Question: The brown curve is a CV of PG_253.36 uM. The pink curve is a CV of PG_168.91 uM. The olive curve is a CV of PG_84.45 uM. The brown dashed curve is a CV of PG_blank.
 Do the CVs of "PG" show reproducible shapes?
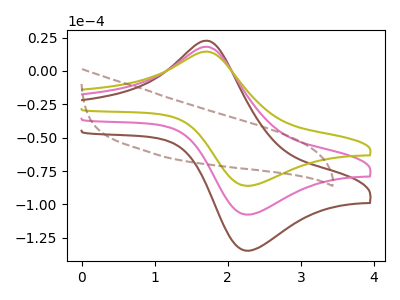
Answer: <think>The brown curve "PG_253.36 uM" has an anodic peak at (1.70V, 36.20uA) and a cathodic peak at (2.30V, -215.30uA). The pink curve "PG_168.91 uM" has an anodic peak at (1.70V, 18.10uA) and a cathodic peak at (2.30V, -107.65uA). The olive curve "PG_84.45 uM" has an anodic peak at (1.70V, 14.50uA) and a cathodic peak at (2.30V, -86.05uA). The brown dashed curve "PG_blank" has no peaks.
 All the peaks in "PG_253.36 uM" have a peak in "PG_168.91 uM" at the same potential. Every peak in "PG_253.36 uM" is higher than every peak in "PG_168.91 uM". All the peaks in "PG_253.36 uM" have a peak in "PG_84.45 uM" at the same potential. Every peak in "PG_253.36 uM" is higher than every peak in "PG_84.45 uM". "PG_253.36 uM" and "PG_blank" have a different number of peaks. All the peaks in "PG_168.91 uM" have a peak in "PG_84.45 uM" at the same potential. Every peak in "PG_168.91 uM" is higher than every peak in "PG_84.45 uM". "PG_168.91 uM" and "PG_blank" have a different number of peaks. "PG_84.45 uM" and "PG_blank" have a different number of peaks.</think>
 <answer>All the CV's of "PG" have similar shape.</answer>
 <eval>follow_rule</eval>